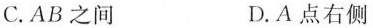
C.AB之间 D.A点右侧